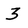
Character: 3